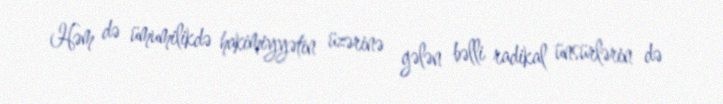
Həm də ümumilikdə hakimiyyətin üzərinə gələn bəlli radikal ünsürlərin də